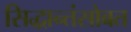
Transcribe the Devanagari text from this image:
सिद्धान्तंसोबत